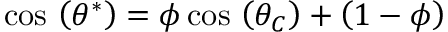
\cos \, \left( \theta ^ { * } \right) = \phi \cos \, \left( \theta _ { C } \right) + \left( 1 - \phi \right)